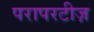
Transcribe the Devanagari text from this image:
परापरटीज़